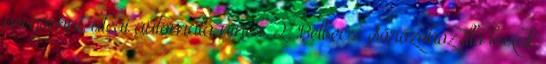
megvenni, utcai automata nincs. 2. Belbecs: Sörözőhöz illő boxok